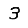
Digit: 3